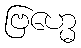
ဗြဟ္မေ